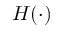
H ( \cdot )